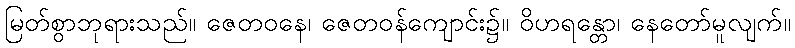
မြတ်စွာဘုရားသည်။ ဇေတဝနေ၊ ဇေတဝန်ကျောင်း၌။ ဝိဟရန္တော၊ နေတော်မူလျက်။